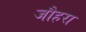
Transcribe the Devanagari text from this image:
जौहरा